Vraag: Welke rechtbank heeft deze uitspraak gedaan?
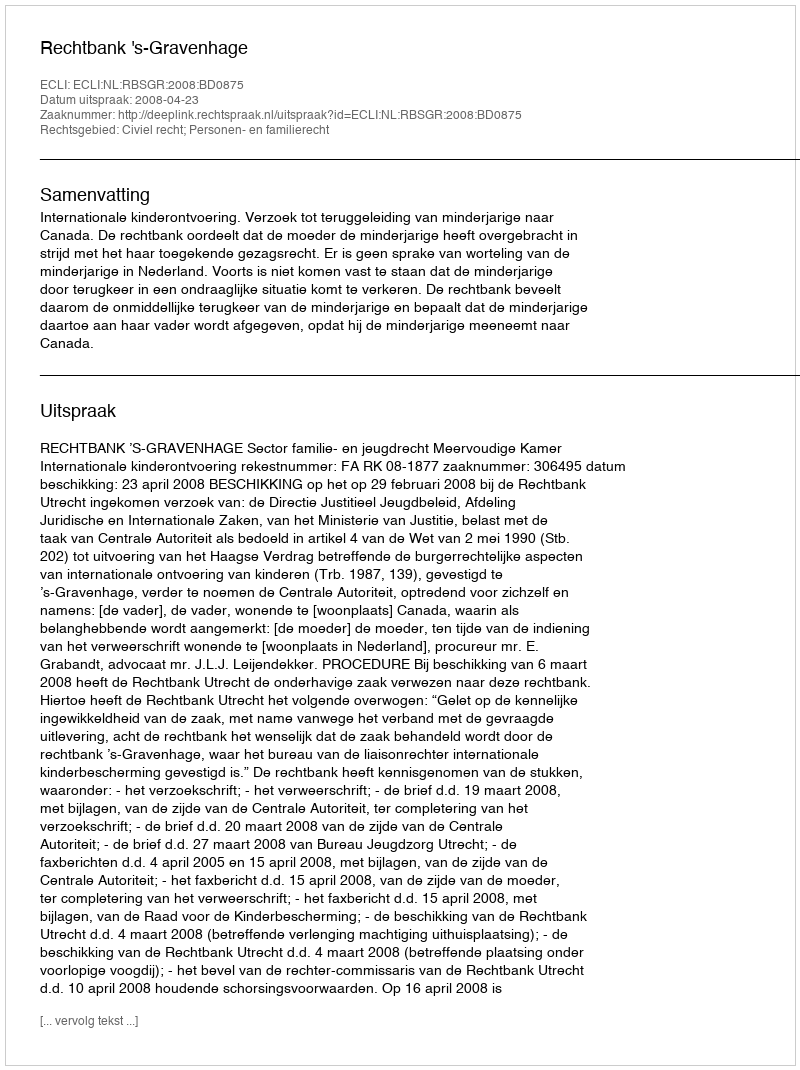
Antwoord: Rechtbank 's-Gravenhage